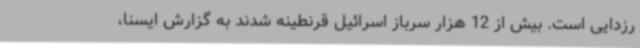
رزدایی است‌. بیش از 12 هزار سرباز اسرائیل قرنطینه شدند به گزارش ایسنا،